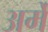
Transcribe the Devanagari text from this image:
अर्मे